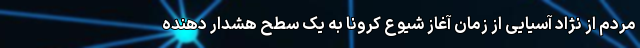
مردم از نژاد آسیایی از زمان آغاز شیوع کرونا به یک سطح هشدار دهنده